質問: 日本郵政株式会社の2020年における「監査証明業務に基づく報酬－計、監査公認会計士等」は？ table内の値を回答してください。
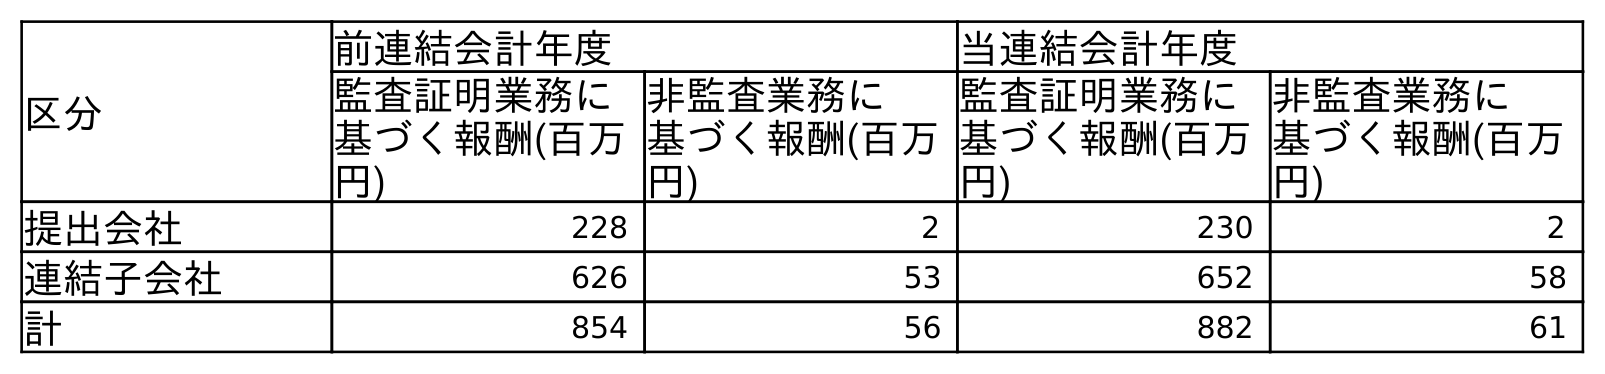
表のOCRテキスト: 区分 前連結会計年度 当連結会計年度 監査証明業務に 基づく報酬(百万 円) 非監査業務に 基づく報酬(百万 円) 監査証明業務に 基づく報酬(百万 円) 非監査業務に 基づく報酬(百万 円) 提出会社 228 2 230 2 連結子会社 626 53 652 58 計 854 56 882 61
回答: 882